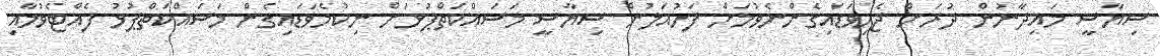
ސިޔާސީ މައިދާނުން ދުރަށް ޖެހިވަޑައިގެންނެވުމަށް ފަހުއަލުން ސިޔާސީ މަސައްކަތްޕުޅަށް ނިކުމެވަޑައިގެން މަސައްކަތްޕުޅު ފެއްޓެވުމާއި